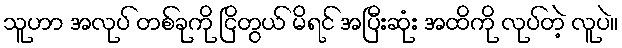
သူဟာ အလုပ် တစ်ခုကို ငြိတွယ် မိရင် အပြီးဆုံး အထိကို လုပ်တဲ့ လူပဲ။